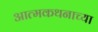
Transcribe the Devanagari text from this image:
आत्मकथनाच्या